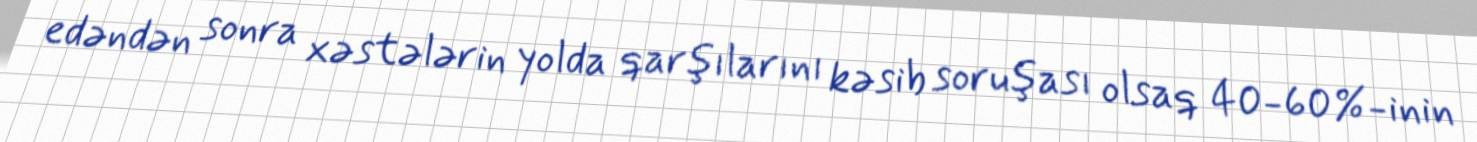
edəndən sonra xəstələrin yolda qarşılarını kəsib soruşası olsaq 40-60%-inin